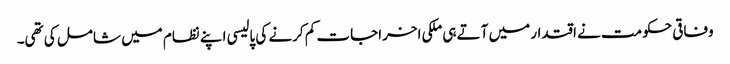
وفاقی حکومت نے اقتدار میں آتے ہی ملکی اخراجات کم کرنے کی پالیسی اپنے نظام میں شامل کی تھی۔